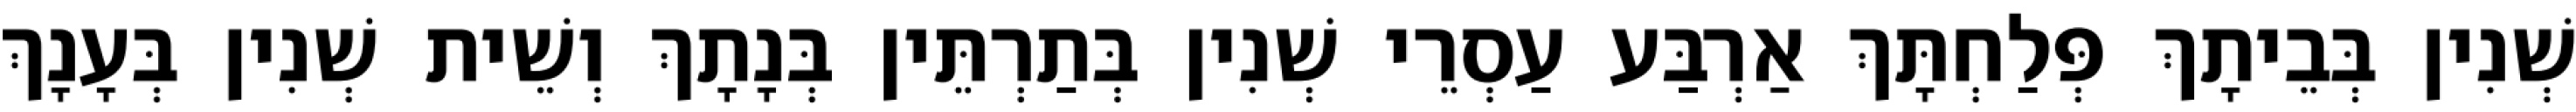
שְׁנִין בְּבֵיתָךְ פְּלַחְתָּךְ אַרְבַּע עַסְרֵי שְׁנִין בְּתַרְתֵּין בְּנָתָךְ וְשֵׁית שְׁנִין בְּעָנָךְ